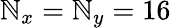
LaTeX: \mathbb{N}_{x}=\mathbb{N}_{y}=16